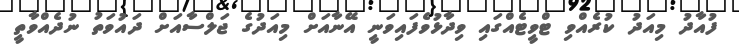
ފުއާދު މިއަދު ކުރެއްވި ޓްވީޓެއްގައި ވިދާޅުވެފައިވަނީ އޭނާއަށް މިއަދުގެ ޖަލްސާއަށް ދައުވަތު ނުދެއްވާތީ